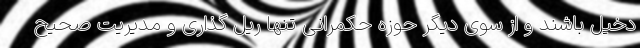
دخیل باشند و از سوی دیگر حوزه حکمرانی تنها ریل گذاری و مدیریت صحیح